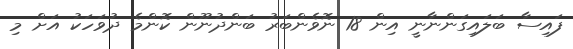
ފައިސާ ބަލައިގަންނާނީ އިން 18 ނޮވެންބަރު ބަންދުނޫން ކޮންމެ ދުވަހަކު އަށް މި